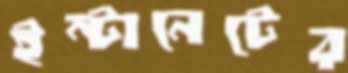
ইন্টানেটের